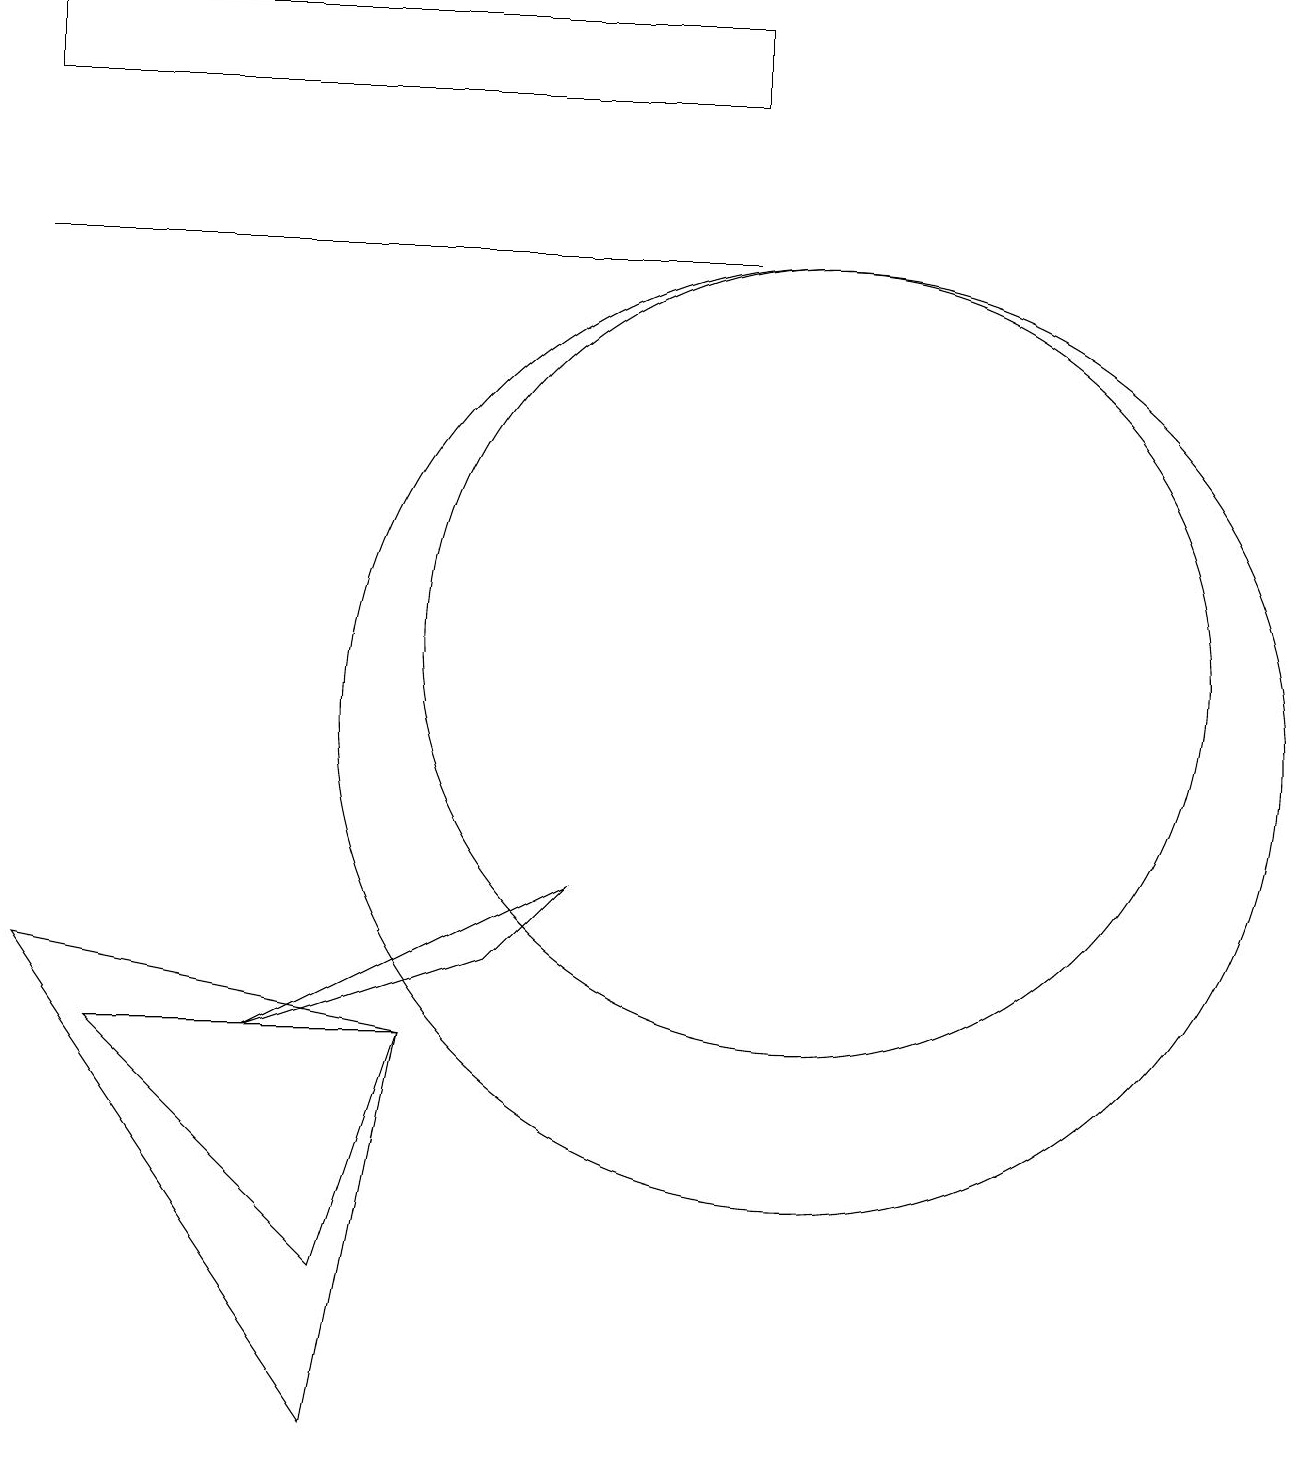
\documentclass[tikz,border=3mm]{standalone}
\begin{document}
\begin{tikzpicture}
\draw (10,10) circle (6);
\draw (3,6) -- (6,7) -- (7,8) -- cycle;
\draw (0,7) -- (5,6) -- (4,1) -- cycle;
\draw (0,19) rectangle (9,18);
\draw (9,16) rectangle (0,16);
\draw (1,6) -- (5,6) -- (4,3) -- cycle;
\draw (10,11) circle (5);
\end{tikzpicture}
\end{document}